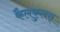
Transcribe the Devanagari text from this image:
कैलकुलस्‌